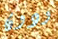
ودون